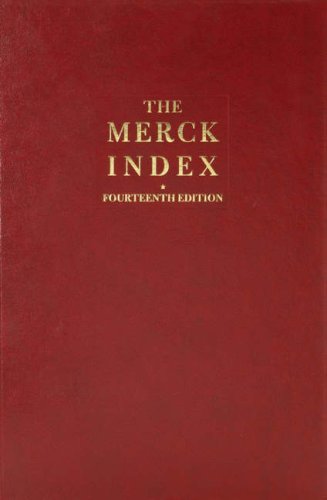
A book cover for The Merck Index: An Encyclopedia of Chemicals, Drugs, and Biologicals, 14th Edition; Medical Books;